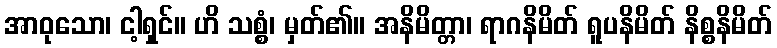
အာဝုသော၊ ငါ့ရှင်။ ဟိ သစ္စံ၊ မှတ်၏။ အနိမိတ္တာ၊ ရာဂနိမိတ် ရူပနိမိတ် နိစ္စနိမိတ်